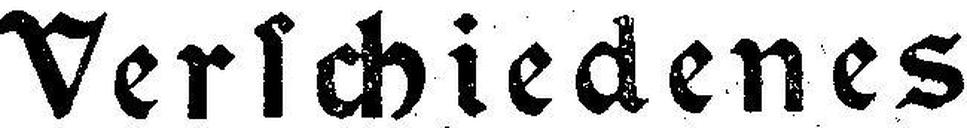
Verschiedenes